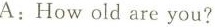
A:How old are you?